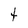
Character: t